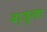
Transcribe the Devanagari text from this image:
बा्जूला